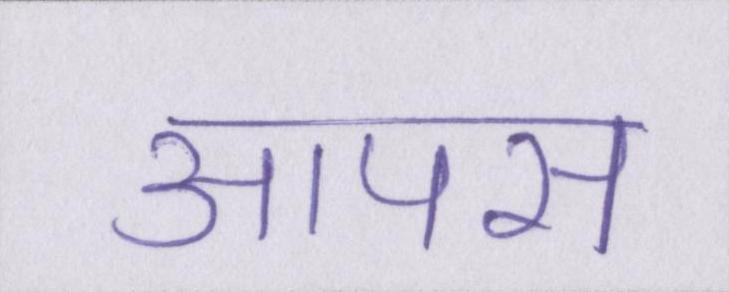
आपस